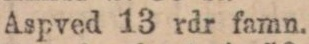
Aspved 13 rdr famn.